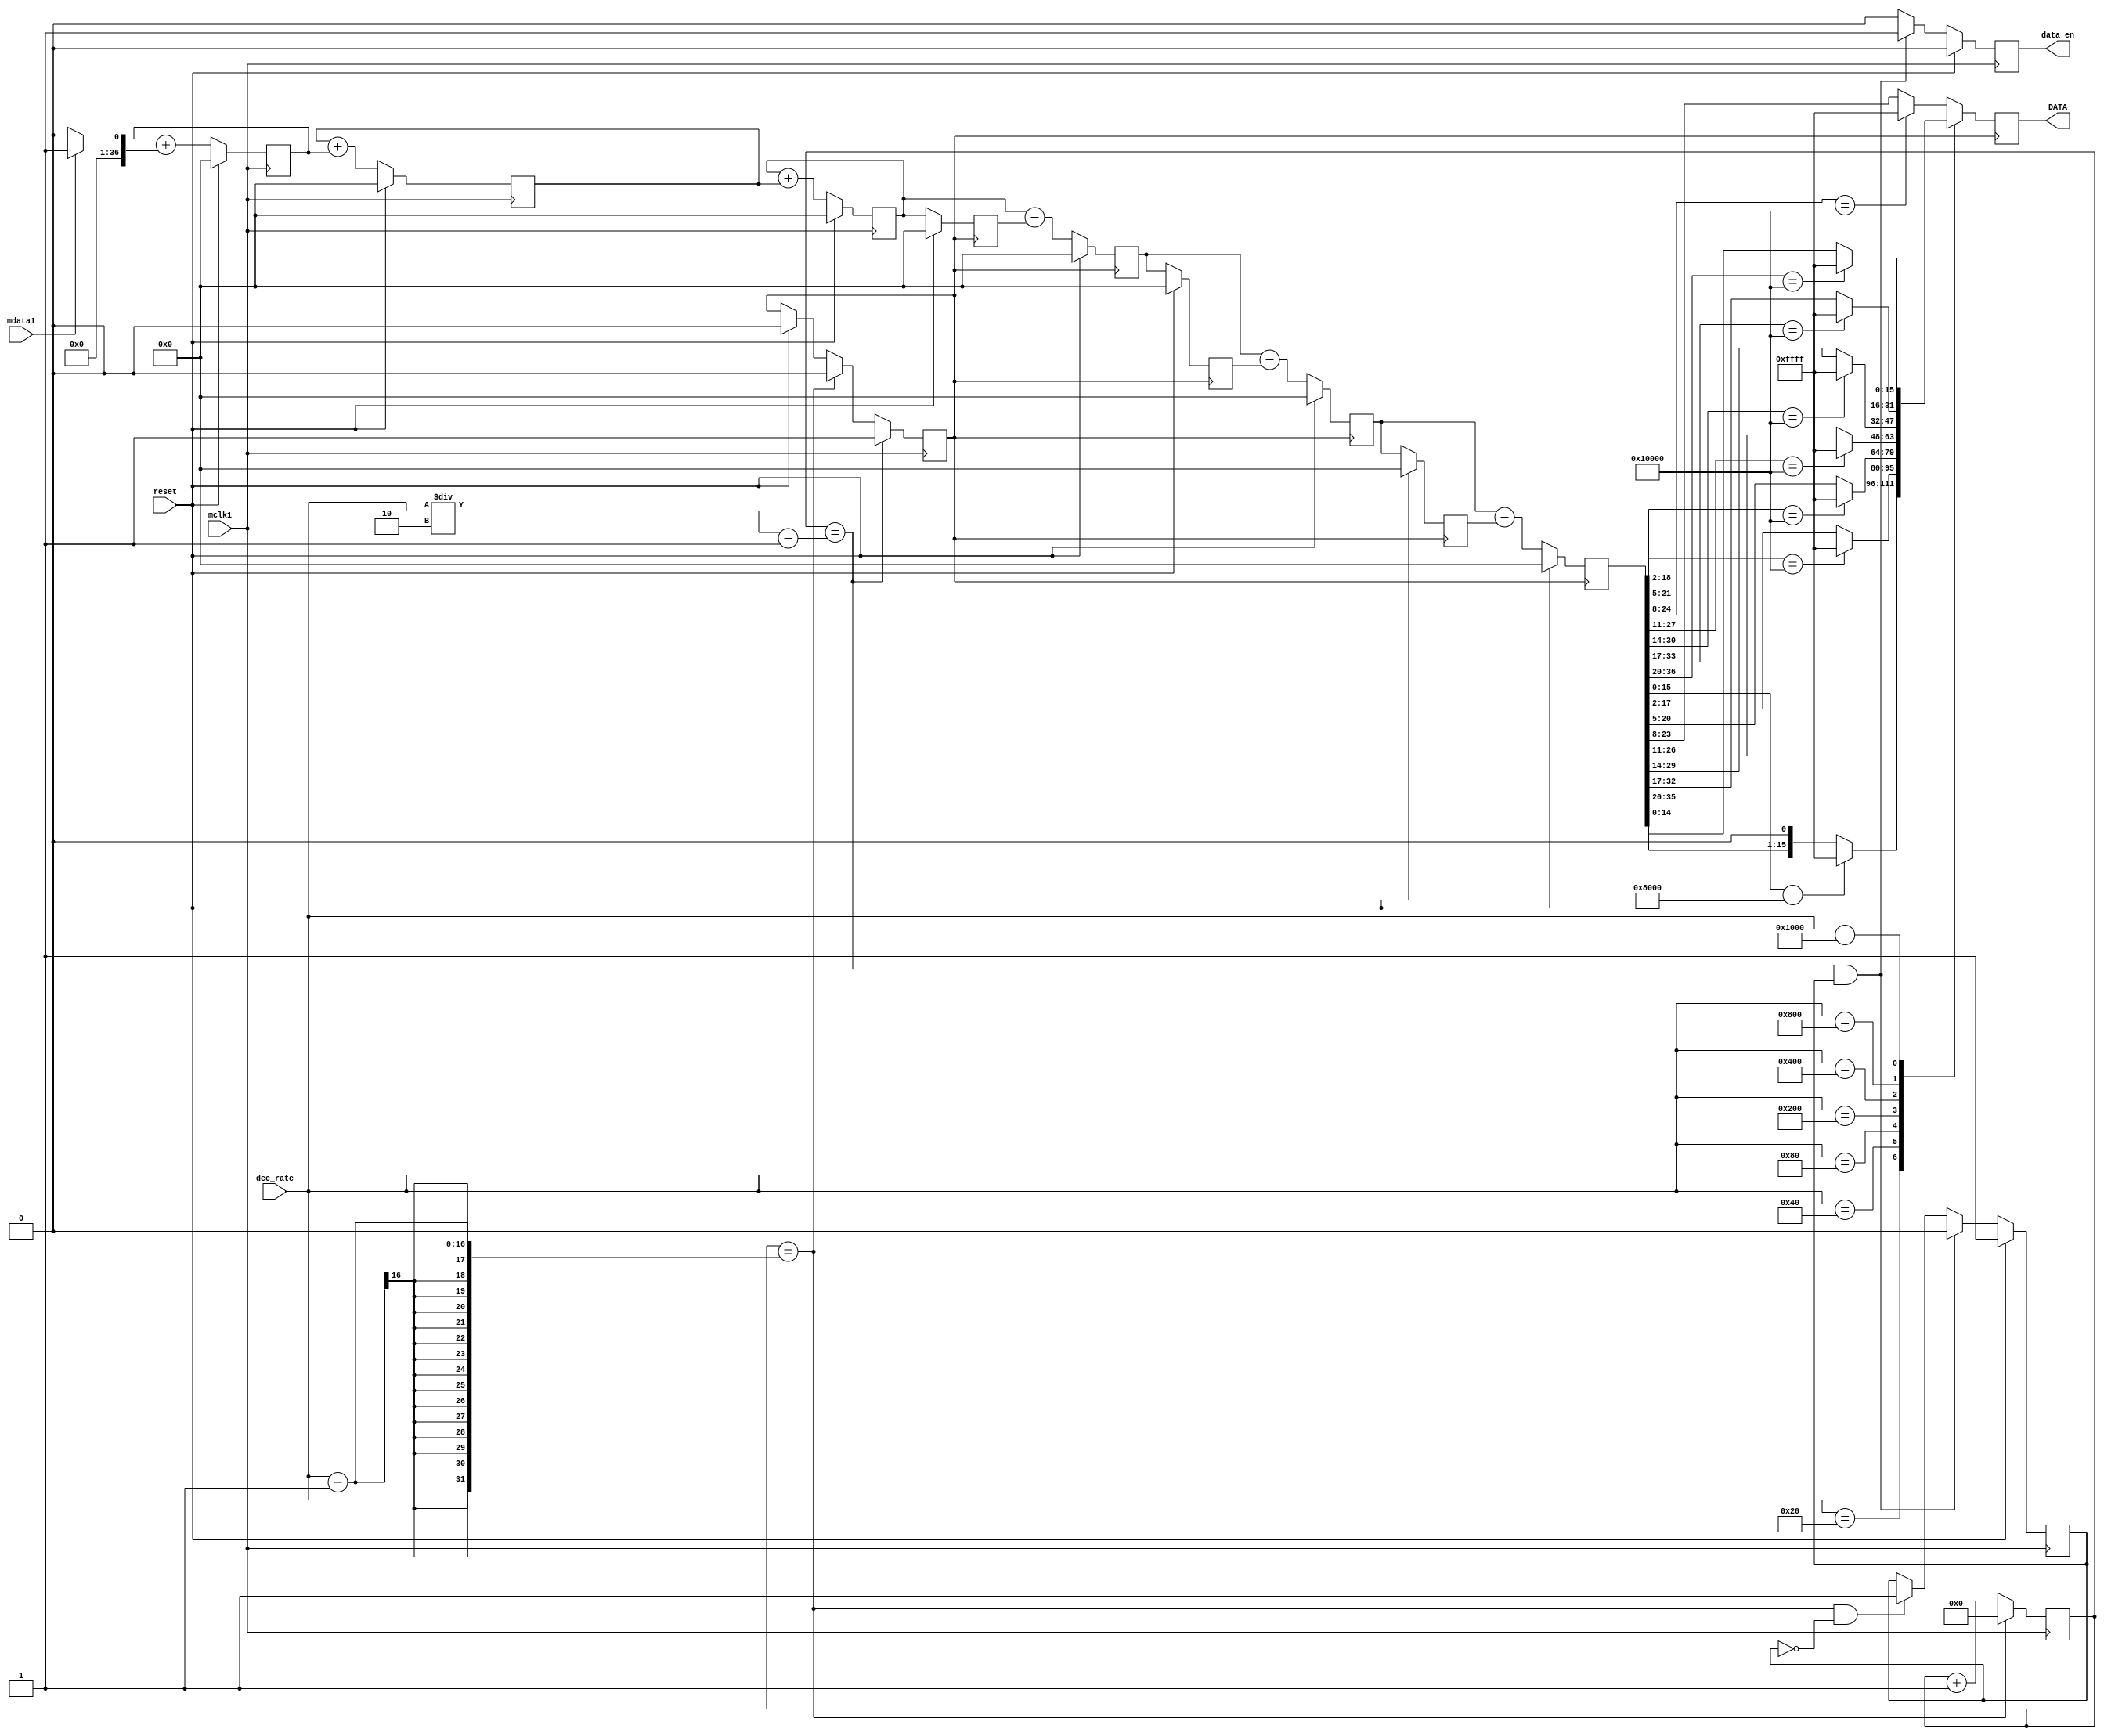
module decimation_filter (
	input mclk1,  /* used to clk filter */ 
	input reset,  /* used to reset filter */ 
	input mdata1, /* input data to be filtered */ 
	output reg [15:0] DATA, /* filtered output */ 
	output reg data_en, 
	input [15:0] dec_rate );

/* Data is read on positive clk edge */

reg [36:0] ip_data1;
reg [36:0] acc1;
reg [36:0] acc2;
reg [36:0] acc3;
reg [36:0] acc3_d2;
reg [36:0] diff1;
reg [36:0] diff2;
reg [36:0] diff3;
reg [36:0] diff1_d;
reg [36:0] diff2_d;

reg [15:0] word_count;

reg word_clk;
reg enable;

/*Perform the Sinc action*/
always @(mdata1) begin
	if(mdata1 == 0)
		ip_data1 <= 37'd0; /* change 0 to a -1 for twos complement */ 
	else
		ip_data1 <= 37'd1;
end

/*Accumulator (Integrator)  Perform the accumulation (IIR) at the speed of the modulator. Z = one sample delay MCLKOUT = modulators conversion bit rate */
always @(negedge mclk1) begin
	if (reset)
	begin
		acc1 <= 37'd0;
		acc2 <= 37'd0;
		acc3 <= 37'd0;
	end
	else begin
		acc1 <= acc1 + ip_data1;
		acc2 <= acc2 + acc1;
		acc3 <= acc3 + acc2;
	end
end

/*decimation stage (MCLKOUT/WORD_CLK) */
always @(posedge mclk1) begin
	if (reset) begin
		word_count <= 16'd0;
		end
	if (word_count == dec_rate - 1) begin
		word_count <= 16'd0;
	end else begin
		word_count <= word_count + 16'b1;
	end
end

always @(posedge mclk1) begin
	if (reset) begin
		word_clk <= 1'b0;
	end
	if (word_count == dec_rate/2 - 1) begin
		word_clk <= 1'b1;
	end else if (word_count == dec_rate - 1) begin
		word_clk <= 1'b0;
	end
end

/*Differentiator (including decimation stage) Perform the differentiation stage (FIR) at a lower speed. Z = one sample delay WORD_CLK = output word rate */
always @(posedge word_clk) begin
	if (reset)
	begin
		acc3_d2 <= 37'd0;
		diff1_d <= 37'd0;
		diff2_d <= 37'd0;
		diff1 <= 37'd0;
		diff2 <= 37'd0;
		diff3 <= 37'd0;
	end
	else begin
		diff1 <= acc3 - acc3_d2;
		diff2 <= diff1 - diff1_d;
		diff3 <= diff2 - diff2_d;
		acc3_d2 <= acc3;
		diff1_d <= diff1;
		diff2_d <= diff2;
	end
end

/* Clock the Sinc output into an output register WORD_CLK = output word rate */ 
always @ ( posedge word_clk ) begin 
	case ( dec_rate ) 
		16'd32:
			begin 
				DATA <= (diff3[15:0] == 16'h8000) ? 16'hFFFF : {diff3[14:0], 1'b0}; 
			end 
		16'd64:
			begin 
				DATA <= (diff3[18:2] == 17'h10000) ? 16'hFFFF : diff3[17:2]; 
			end 
		16'd128:
			begin 
				DATA <= (diff3[21:5] == 17'h10000) ? 16'hFFFF : diff3[20:5]; 
			end 
		16'd256:
			begin 
				DATA <= (diff3[24:8] == 17'h10000) ? 16'hFFFF : diff3[23:8]; 
			end 
		16'd512:
			begin 
				DATA <= (diff3[27:11] == 17'h10000) ? 16'hFFFF : diff3[26:11]; 
			end 
		16'd1024:
			begin 
				DATA <= (diff3[30:14] == 17'h10000) ? 16'hFFFF : diff3[29:14]; 
			end 
		16'd2048:
			begin 
				DATA <= (diff3[33:17] == 17'h10000) ? 16'hFFFF : diff3[32:17]; 
			end 
		16'd4096:
			begin 
				DATA <= (diff3[36:20] == 17'h10000) ? 16'hFFFF : diff3[35:20]; 
			end 
		default:
			begin 
				DATA <= (diff3[24:8] == 17'h10000) ? 16'hFFFF : diff3[23:8]; 
			end 
	endcase 
end 

/* Synchronize Data Output*/ 
always @( posedge mclk1 )  begin   
	if ( reset ) begin 
		data_en <= 1'b0; 
		enable <= 1'b1; 
	end 
	else  
		if ( (word_count == dec_rate/2 - 1) && enable ) begin 
			data_en <= 1'b1; 
			enable <= 1'b0; 
		end 
		else if ( (word_count == dec_rate - 1)  && ~enable )  begin 
			data_en <= 1'b0; 
			enable <= 1'b1; 
		end 
		else 
			data_en <= 1'b0; 
end

endmodule